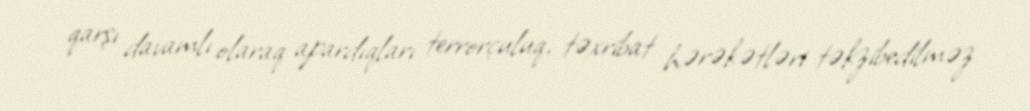
qarşı davamlı olaraq apardıqları terrorçuluq, təxribat hərəkətləri təkzibedilməz